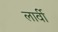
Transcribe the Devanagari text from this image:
लार्वी